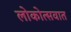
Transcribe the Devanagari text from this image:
लोकोत्सवात